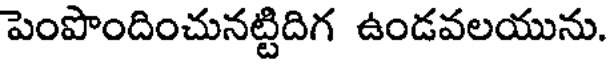
పెంపొందించునట్టిదిగ ఉండవలయును.